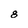
Character: 8